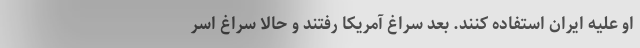
او علیه ایران استفاده کنند. بعد سراغ آمریکا رفتند و حالا سراغ اسر